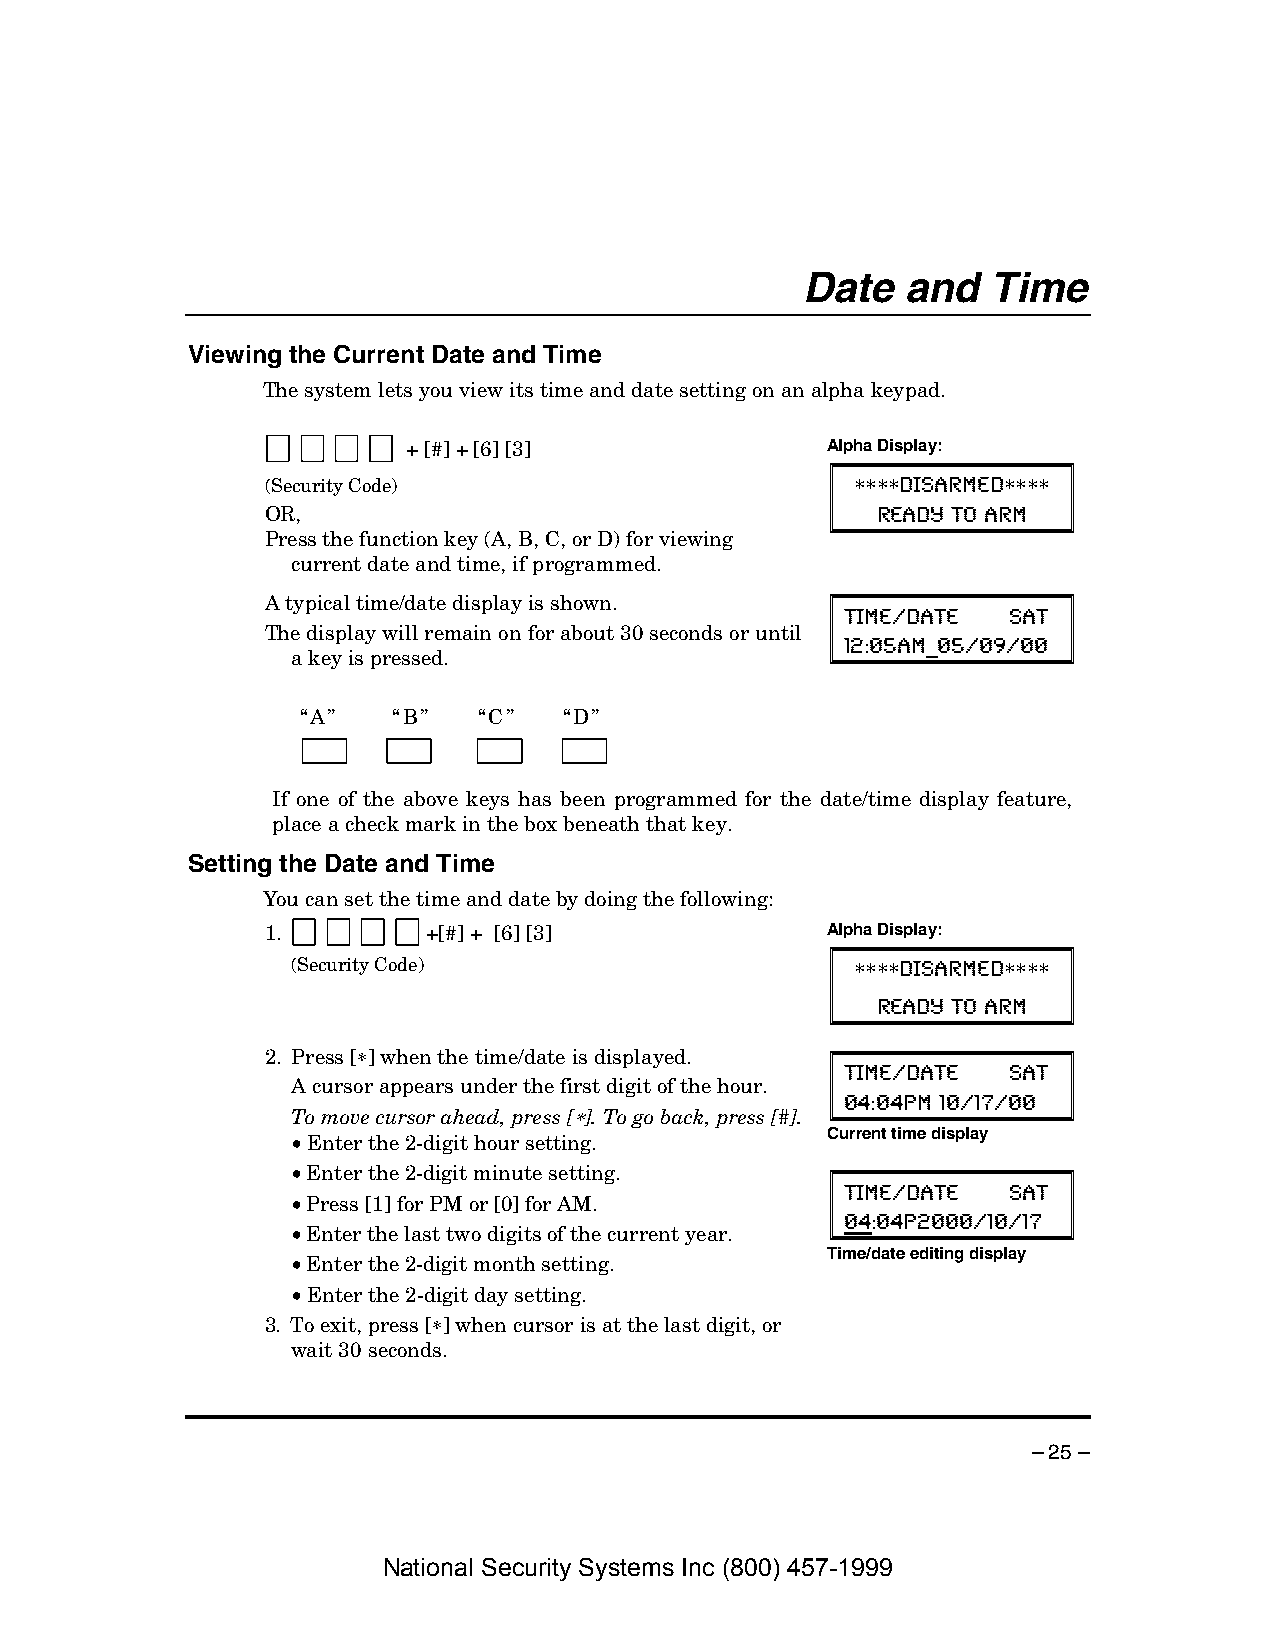
Date   and  Time
 Viewing the Current Date and Time
 The system lets you view its time and date setting on an alpha keypad.
 + [#] + [6] [3]             Alpha Display:
 (Security Code)
 ∗∗∗∗ DISARMED∗∗∗∗
 OR,                                     READY TO ARM
 Press the function key (A, B, C, or D) for viewing
 current date and time, if programmed.
 A typical time/date display is shown.
 TIME/DATE  SAT
 The display will remain on for about 30 seconds or until
 12:05AM_05/09/00
 a key is pressed.
 “A”   “B”   “C”  “D”
 If one of the above keys has been programmed for the date/time display feature,
 place a check mark in the box beneath that key.
 Setting the Date and Time
 You can set the time and date by doing the following:
 1.        +[#] + [6] [3]             Alpha Display:
 (Security Code)                       ∗∗∗∗ DISARMED∗∗∗∗
 READY TO ARM
 2. Press [∗] when the time/date is displayed.
 TIME/DATE  SAT
 A cursor appears under the first digit of the hour.
 To move cursor ahead, press [∗]. To go back, press [#]. 04:04PM 10/17/00
 • Enter the 2-digit hour setting.   Current time display
 • Enter the 2-digit minute setting.
 • Press [1] for PM or [0] for AM.    TIME/DATE  SAT
 • Enter the last two digits of the current year. 04:04P2000/10/17
 • Enter the 2-digit month setting.  Time/date editing display
 • Enter the 2-digit day setting.
 3. To exit, press [∗] when cursor is at the last digit, or
 wait 30 seconds.
 – 25 –
 National Security Systems Inc (800) 457-1999